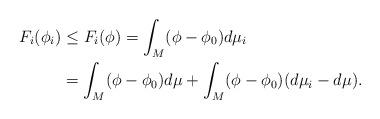
LaTeX: \begin{align*} F_i(\phi_i) &\leq F_i(\phi) = \int_M (\phi- \phi_0)d\mu_i \\&= \int_M (\phi-\phi_0) d\mu + \int_M (\phi-\phi_0)(d\mu_i - d\mu).\end{align*}